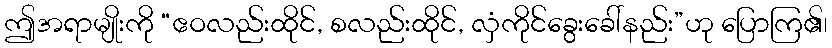
ဤအရာမျိုးကို “ဧဝလည်းထိုင်, စလည်းထိုင်, လှံကိုင်ခွေးခေါ်နည်း”ဟု ပြောကြ၏၊